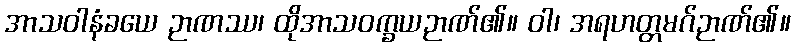
အာသဝါနံခယေ ဉာဏဿ၊ ထိုအာသဝက္ခယဉာဏ်၏။ ဝါ၊ အရဟတ္တမဂ်ဉာဏ်၏။